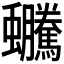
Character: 𧖍